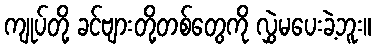
ကျုပ်တို့ ခင်ဗျားတို့တစ်တွေကို လွှဲမပေးခဲ့ဘူး။